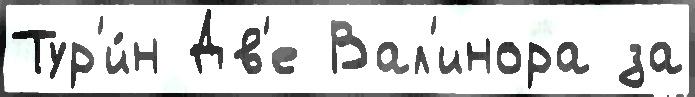
Тур'и́н Дв'е Вал'инора за